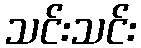
သင်းသင်း